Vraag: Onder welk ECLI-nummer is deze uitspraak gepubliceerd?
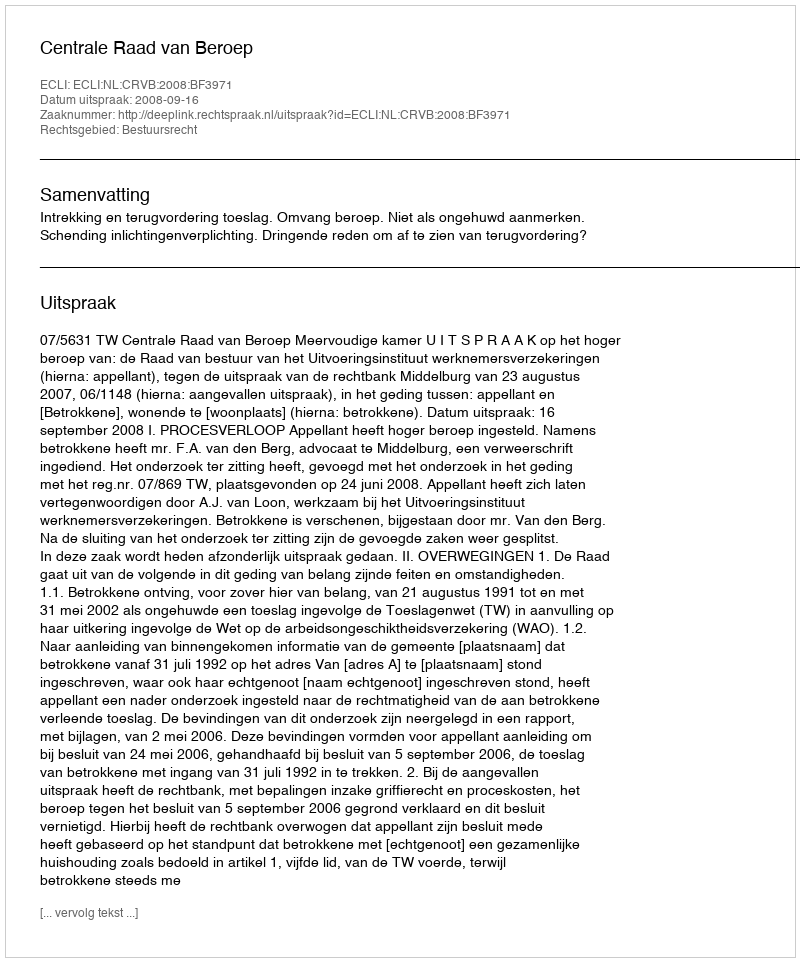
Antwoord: ECLI:NL:CRVB:2008:BF3971